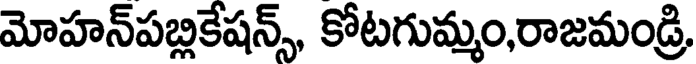
మోహన్పబ్లికేషన్స్, కోటగుమ్మం,రాజమండ్రి,